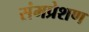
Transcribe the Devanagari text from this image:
संमप्रेशण